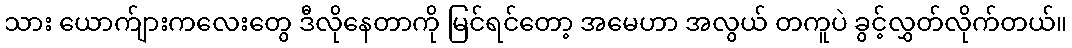
သား ယောက်ျားကလေးတွေ ဒီလိုနေတာကို မြင်ရင်တော့ အမေဟာ အလွယ် တကူပဲ ခွင့်လွှတ်လိုက်တယ်။